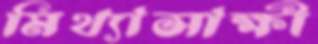
মিথ্যাসাক্ষী